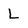
Character: L